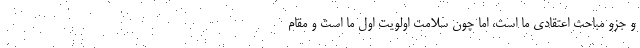
و جزو مباحث اعتقادی ما است، اما چون سلامت اولویت اول ما است و مقام